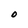
Character: O